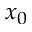
x _ { 0 }